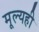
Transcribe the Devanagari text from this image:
मूल्यही